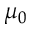
\mu _ { 0 }